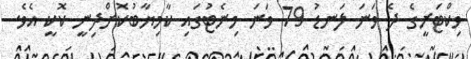
ވިކްޓަރީގެ ދެ ވަނަ ލަނޑު 79 ވަނަ މިނެޓުގައި ކާމިޔާބުކޮށްދިނީ ކޮކީ އެވެ.